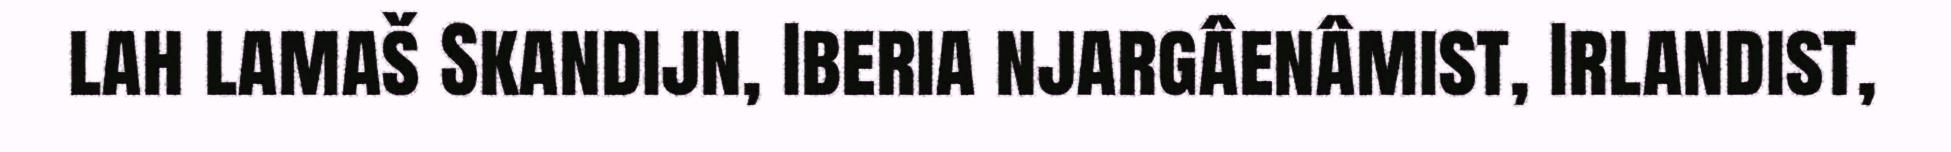
lah lamaš Skandijn, Iberia njargâenâmist, Irlandist,